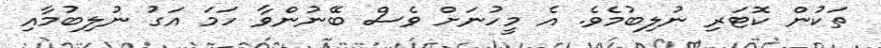
ތަކުން ކޮޓަރި ނުލިބުމެވެ. އެ މީހުނަށް ވެސް ބޭނުންވާ ހަމަ އަގު ނުލިބުމާއި